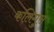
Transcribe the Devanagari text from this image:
कलिगुस